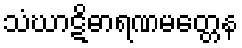
သံဃာဋိဓာရဏမတ္တေန